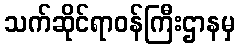
သက်ဆိုင်ရာဝန်ကြီးဌာနမှ